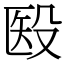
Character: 殹